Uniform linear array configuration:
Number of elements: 64
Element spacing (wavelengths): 0.5
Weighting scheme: hann
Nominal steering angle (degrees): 60
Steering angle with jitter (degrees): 60.381
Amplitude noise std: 0.05
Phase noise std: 0.05

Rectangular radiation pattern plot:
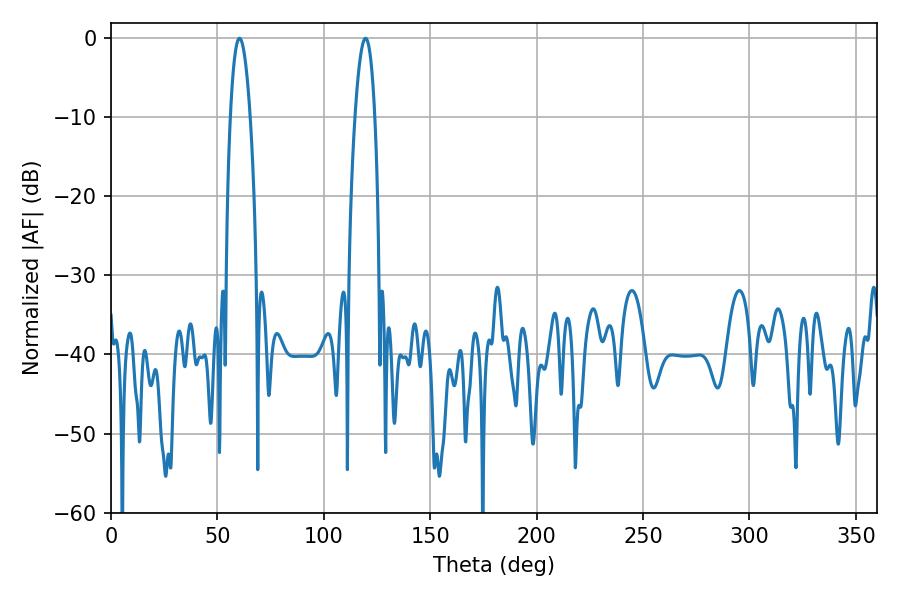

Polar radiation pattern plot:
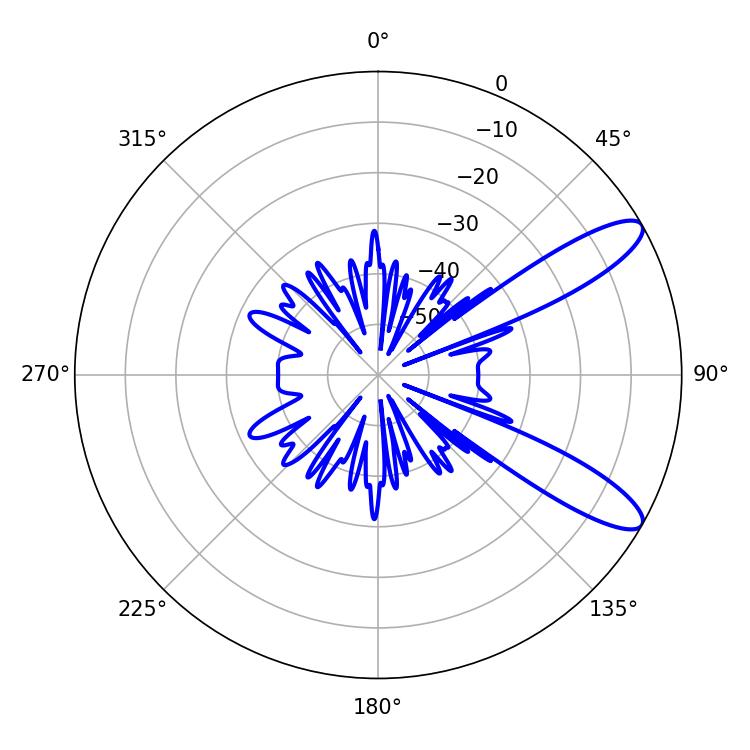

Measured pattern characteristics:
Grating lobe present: FALSE
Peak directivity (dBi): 10.737
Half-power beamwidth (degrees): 5.04
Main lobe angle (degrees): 60.3